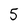
Character: 5